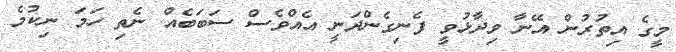
މީގެ އިތުރުން އޭނާ ވިދާޅުވީ ފެނިގެންދަނީ އެއްވެސް ސަބަބެއް ނެތި ހަމަ ނިކުމެ